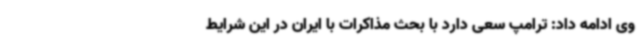
وی ادامه داد: ترامپ سعی دارد با بحث مذاکرات با ایران در این شرایط